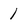
Character: 1